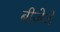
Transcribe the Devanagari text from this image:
बीजेजे